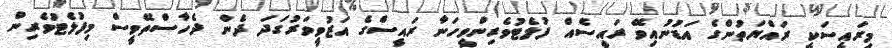
މިރައީސަކީ ރައްޔަތުންގެ އަޑުނުއިވޭ ރައީސެއް ފުލެޓުވެރިންވީހަނާ ރައީސްގެ އަޒުވީވަރުގަދަ ދެން ދެހާސްތޭވީސް މިފުލެޓުވެރިން